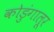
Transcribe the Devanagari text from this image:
कोडुंगालूर